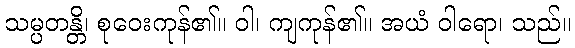
သမ္ပတန္တိ၊ စုဝေးကုန်၏။ ဝါ၊ ကျကုန်၏။ အယံ ဝါရော၊ သည်။